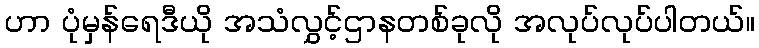
ဟာ ပုံမှန်ရေဒီယို အသံလွှင့်ဌာနတစ်ခုလို အလုပ်လုပ်ပါတယ်။